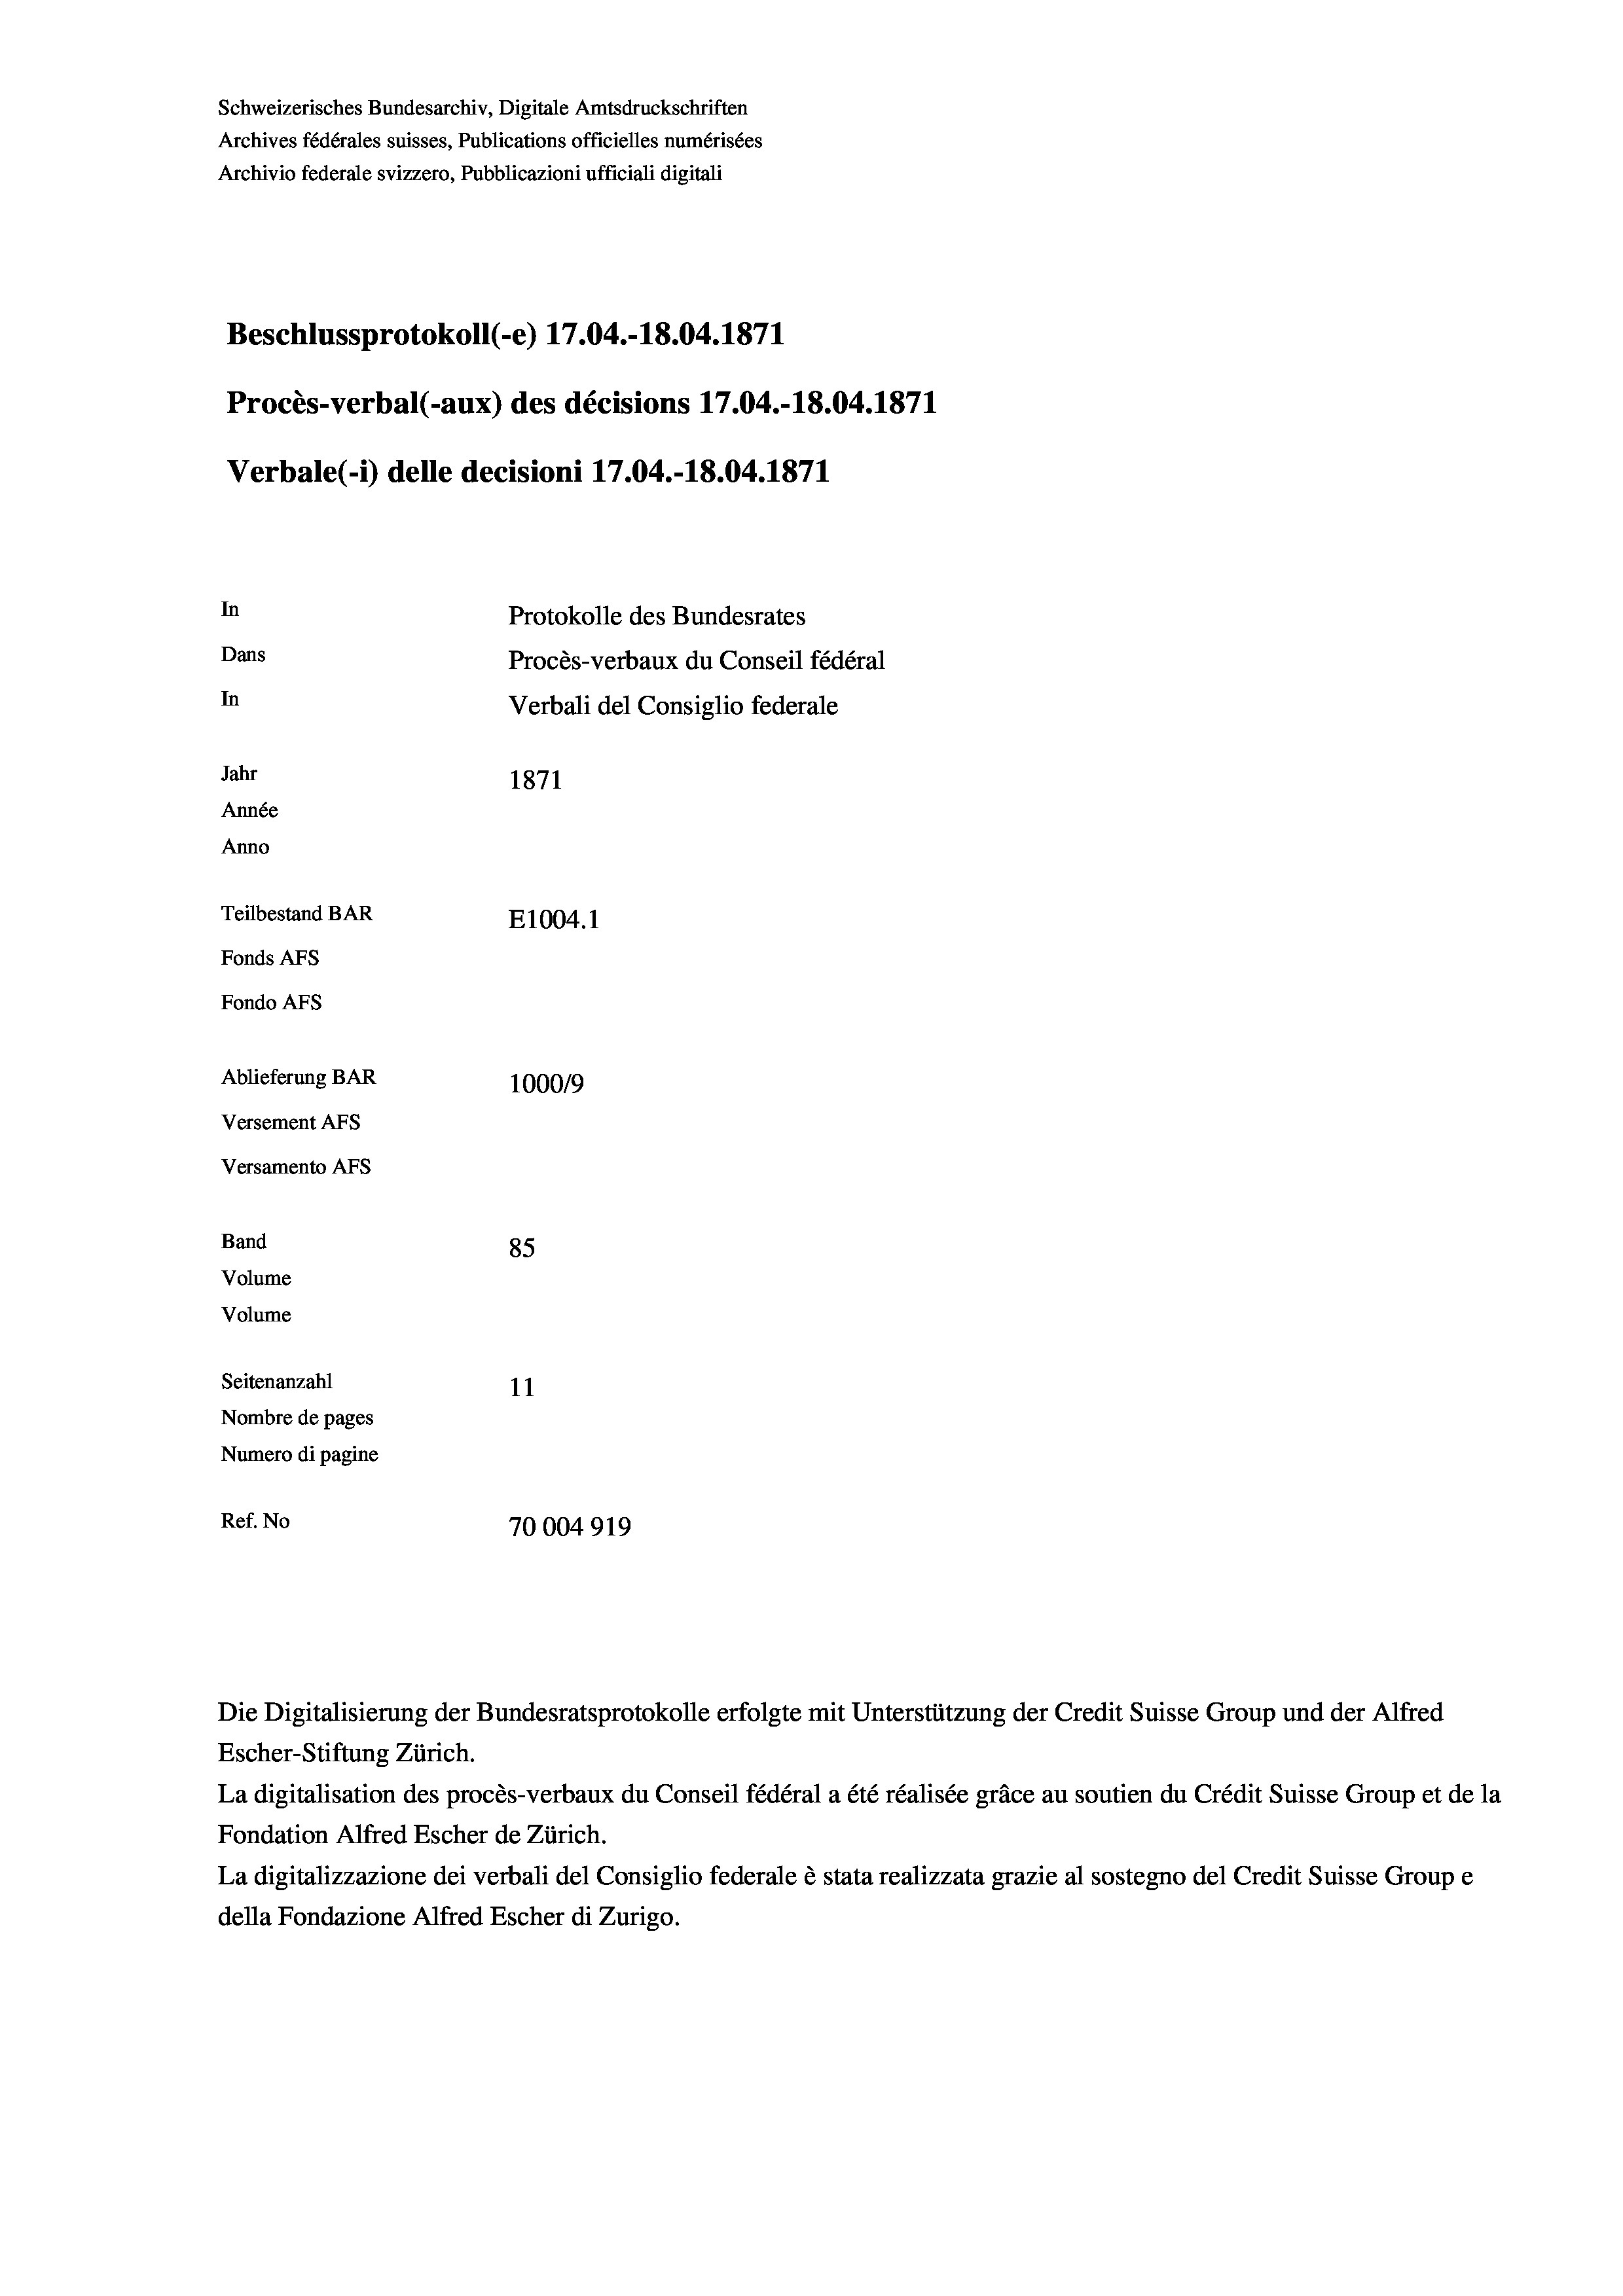
Schweizerisches Bundesarchiv, Digitale Amtsdruckschriften
Archives fédérales suisses, Publications officielles numérisées
Archivio federale svizzero, Pubblicazioni ufficiali digitali
Beschlussprotokoll (-e) 17.04.-18.04. 1871
Procès-verbal (-aux) des décisions 17.04.-18.04. 1871
Verbale(-*) delle decisioni 17.04.-18.04. 1871
In
Protokolle des Bundesrates
Dans
Procès-verbaux du Conseil fédéral
In
Verbali del Consiglio federale
Jahr
1871
Année
Anno
Teilbestand BAR
E1004. 1
Fonds AFs
Fondo Afs
Ablieferung BAR
100019
Versement As
Versamento AFs

85
Seitenanzahl
11
Nombre de pages
Numero di pagine
Ref. No
70004919

Band
Volume
Volume

La digitalisation des procès-verbaux du Conseil fédéral a été réalisée gräce au soutien du Crédit Suisse Group et de la
Fondation Alfred Escher de Zürich.
La digitalizzazione dei verbali del Consiglio federale è stata realizzata grazie al sostegno del Credit Suisse Groupe
della Fondazione Alfred Escher di Zurigo.

Die Digitalisierung der Bundesratsprotokolle erfolgte mit Unterstützung der Credit Suisse Group und der Alfred
Escher-Stiftung Zürich.